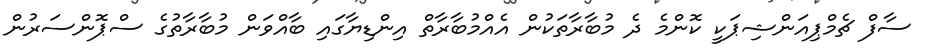
ސާފް ޗެމްޕިއަންޝިޕަކީ ކޮންމެ ދެ މުބާރާތަކުން އެއްމުބާރާތް އިންޑިޔާގައި ބާއްވަން މުބާރާތުގެ ސްޕޮންސަރުން